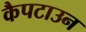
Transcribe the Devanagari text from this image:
कैपटाउन